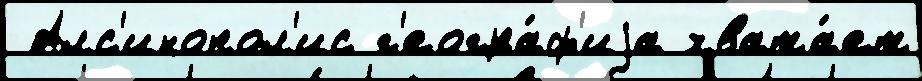
 Алс'инопол'ис г'еогра́ф'иjа хвата́ет